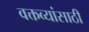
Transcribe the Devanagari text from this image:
वक्तव्यांसाठी